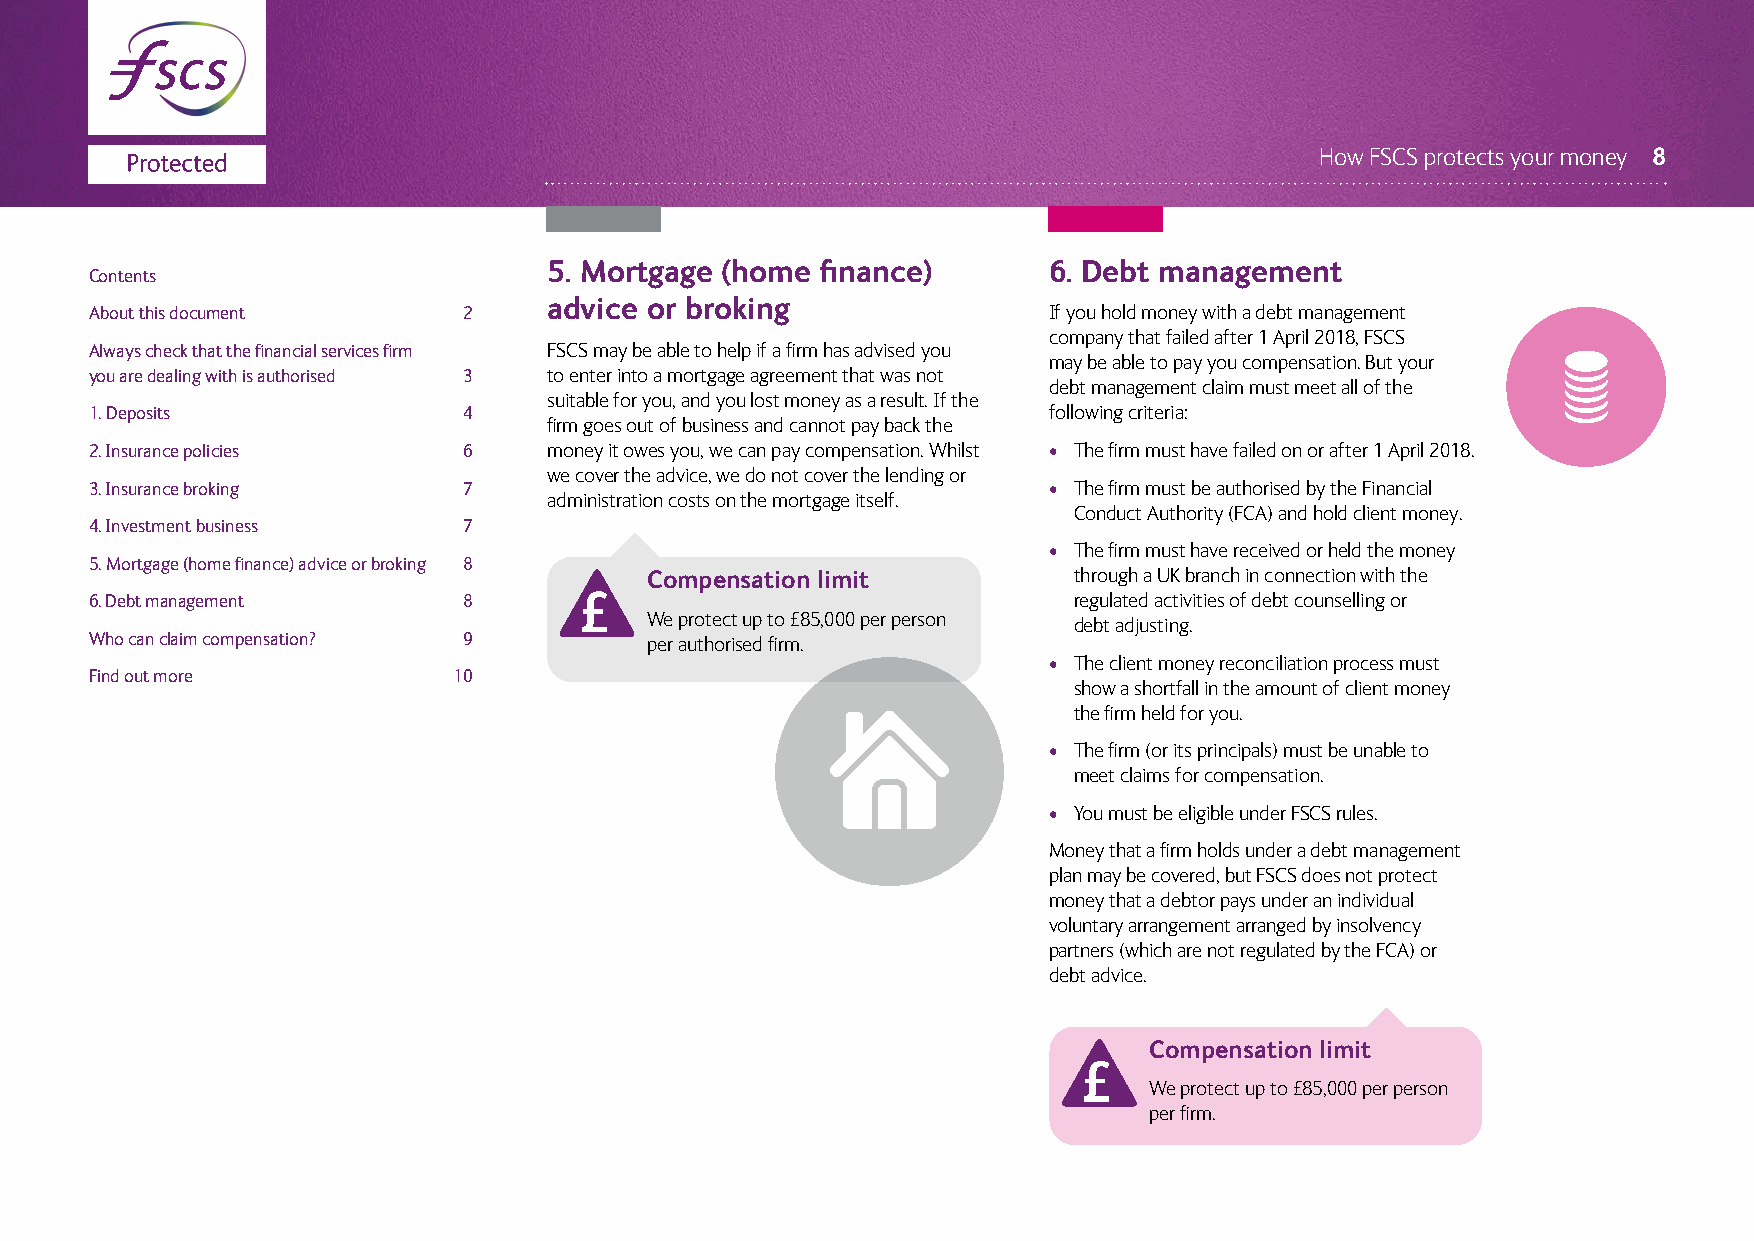
How FSCS protects your money 8
 5. Mortgage (home finance)       6. Debt management
 Contents
 advice or broking
 About this document      2                                     If you hold money with a debt management
 company that failed after 1 April 2018, FSCS
 Always check that the financial services firm FSCS may be able to help if a firm has advised you
 may be able to pay you compensation. But your
 you are dealing with is authorised 3 to enter into a mortgage agreement that was not
 debt management claim must meet all of the
 suitable for you, and you lost money as a result. If the
 1. Deposits              4                                     following criteria:
 firm goes out of business and cannot pay back the
 2. Insurance policies    6    money it owes you, we can pay compensation. Whilst • The firm must have failed on or after 1 April 2018.
 we cover the advice, we do not cover the lending or
 3. Insurance broking     7                                     • The firm must be authorised by the Financial
 administration costs on the mortgage itself.
 Conduct Authority (FCA) and hold client money.
 4. Investment business   7
 • The firm must have received or held the money
 5. Mortgage (home finance) advice or broking 8
 Compensation limit          through a UK branch in connection with the
 6. Debt management       8                                       regulated activities of debt counselling or
 We protect up to £85,000 per person
 debt adjusting.
 Who can claim compensation? 9        per authorised firm.
 • The client money reconciliation process must
 Find out more           10
 show a shortfall in the amount of client money
 the firm held for you.
 • The firm (or its principals) must be unable to
 meet claims for compensation.
 • You must be eligible under FSCS rules.
 Money that a firm holds under a debt management
 plan may be covered, but FSCS does not protect
 money that a debtor pays under an individual
 voluntary arrangement arranged by insolvency
 partners (which are not regulated by the FCA) or
 debt advice.
 Compensation limit
 We protect up to £85,000 per person
 per firm.